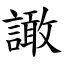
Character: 譀